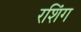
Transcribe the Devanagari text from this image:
रशिंग